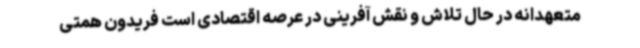
متعهدانه در حال تلاش و نقش آفرینی در عرصه اقتصادی است فریدون همتی